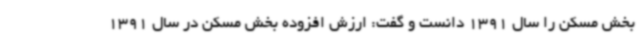
بخش مسکن را سال 1391 دانست و گفت: ارزش افزوده بخش مسکن در سال 1391